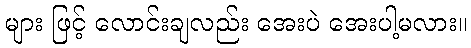
များ ဖြင့် လောင်းချလည်း အေးပဲ အေးပါ့မလား။